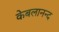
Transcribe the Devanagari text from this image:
केबलानन्द